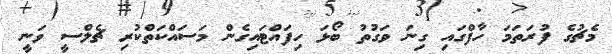
މެޗުގެ ފުރަތަމަ ހާފްގައި ގިނަ ވަގުތު ބޯޅަ ހިފައްޓައިގެން މަސައްކަތްކުރި ޗެލްސީ ވަނީ